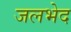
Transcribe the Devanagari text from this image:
जलभेद